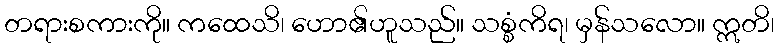
တရားစကားကို။ ကထေသိ၊ ဟော၏ဟူသည်။ သစ္စံကိရ၊ မှန်သလော။ ဣတိ၊